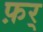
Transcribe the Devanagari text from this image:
फ़र्